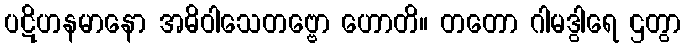
ပဋိဟနမာနော အဓိဝါသေတဗ္ဗော ဟောတိ။ တတော ဂါမဒွါရေ ဌတွာ